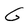
Character: G